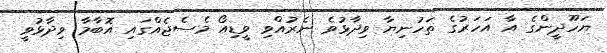
ޔަހޫދީންގެ އާ އަހަރުގެ ތަހުނިޔާ ވިދާޅުވެ ނެރުއްވި ވީޑިއޯ މެސެޖެއްގައި އޮބާމާ ވިދާޅުވީ